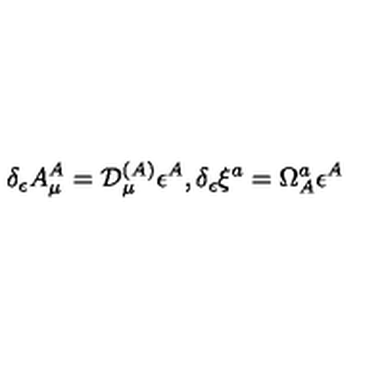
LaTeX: \delta _ { \epsilon } A _ { \mu } ^ { A } = { \cal D } _ { \mu } ^ { ( A ) } \epsilon ^ { A } , \delta _ { \epsilon } \xi ^ { a } = \Omega _ { A } ^ { a } \epsilon ^ { A }